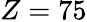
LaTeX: Z=75